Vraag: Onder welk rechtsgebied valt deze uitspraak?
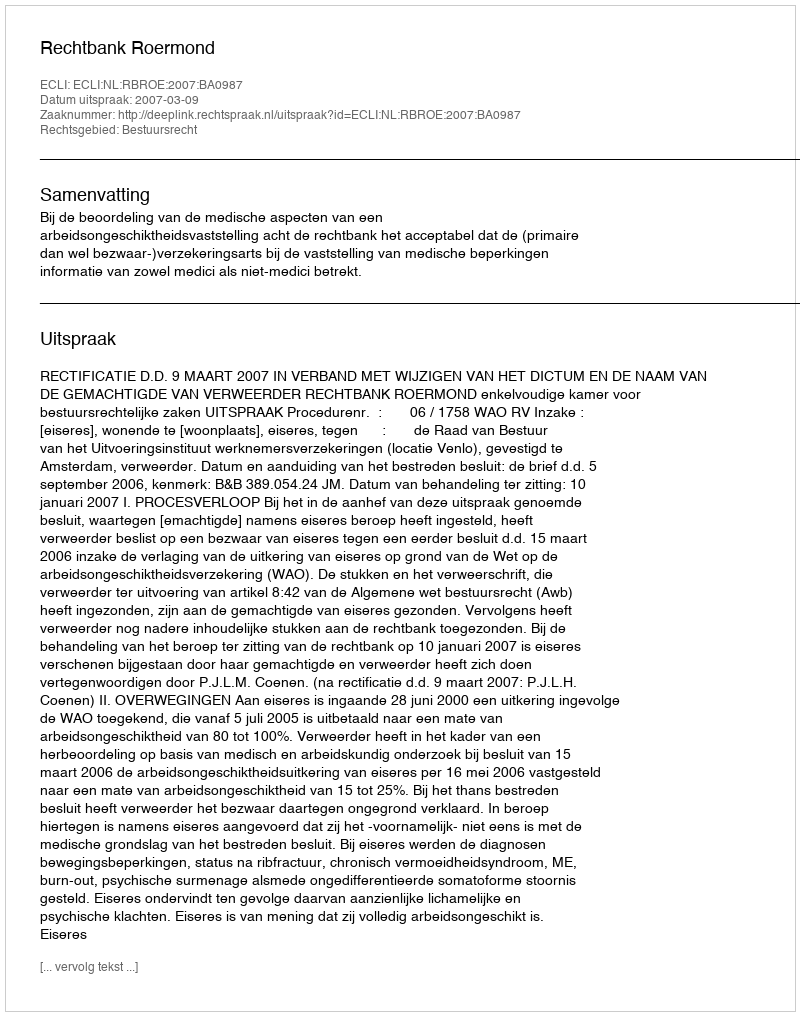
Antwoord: Bestuursrecht